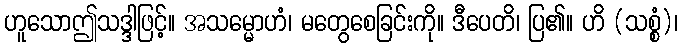
ဟူသောဤသဒ္ဒါဖြင့်။ အသမ္မောဟံ၊ မတွေစေခြင်းကို။ ဒီပေတိ၊ ပြ၏။ ဟိ (သစ္စံ)၊